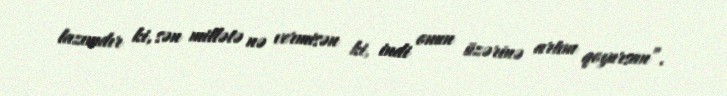
lazımdır ki, sən millətə nə vermisən ki, indi onun üzərinə artım qoyursan”.